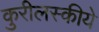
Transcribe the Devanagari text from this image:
कुरीलस्कीये